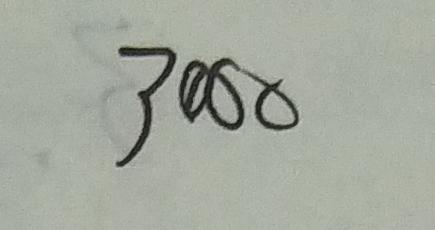
3 0 0 0